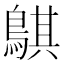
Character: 鶀